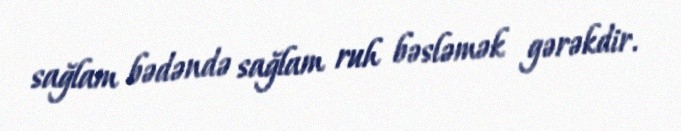
sağlam bədəndə sağlam ruh bəsləmək gərəkdir.